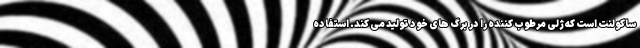
ساکولنت است که ژلی مرطوب کننده را در برگ های خود تولید می کند. استفاده